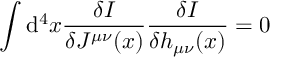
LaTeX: \int \mathrm { d } ^ { 4 } x \frac { \delta I } { \delta J ^ { \mu \nu } ( x ) } \frac { \delta I } { \delta h _ { \mu \nu } ( x ) } = 0